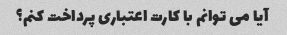
آیا می توانم با کارت اعتباری پرداخت کنم؟